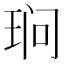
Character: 𮴖